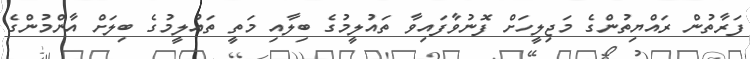
ފަރާތުން ރައްޔިތުންގެ މަޖިލީހަށް ފޮނުވާފައިވާ ތައުލީމުގެ ބިލާއި މަތީ ތައުލީމުގެ ބިލަށް އާންމުންގެ